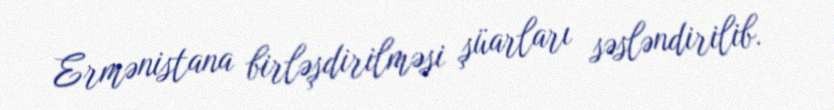
Ermənistana birləşdirilməsi şüarları səsləndirilib.